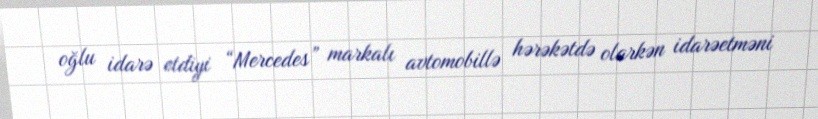
oğlu idarə etdiyi “Mercedes” markalı avtomobillə hərəkətdə olarkən idarəetməni